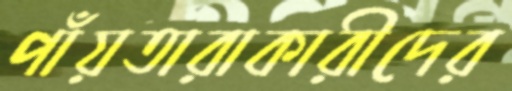
পাঁয়তারাকারীদের